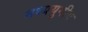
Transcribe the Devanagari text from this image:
मध्ययुगीय